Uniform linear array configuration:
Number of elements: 8
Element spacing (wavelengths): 0.25
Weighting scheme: hamming
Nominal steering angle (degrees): -60
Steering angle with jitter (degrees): -59.9
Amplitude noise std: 0.05
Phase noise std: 0.05

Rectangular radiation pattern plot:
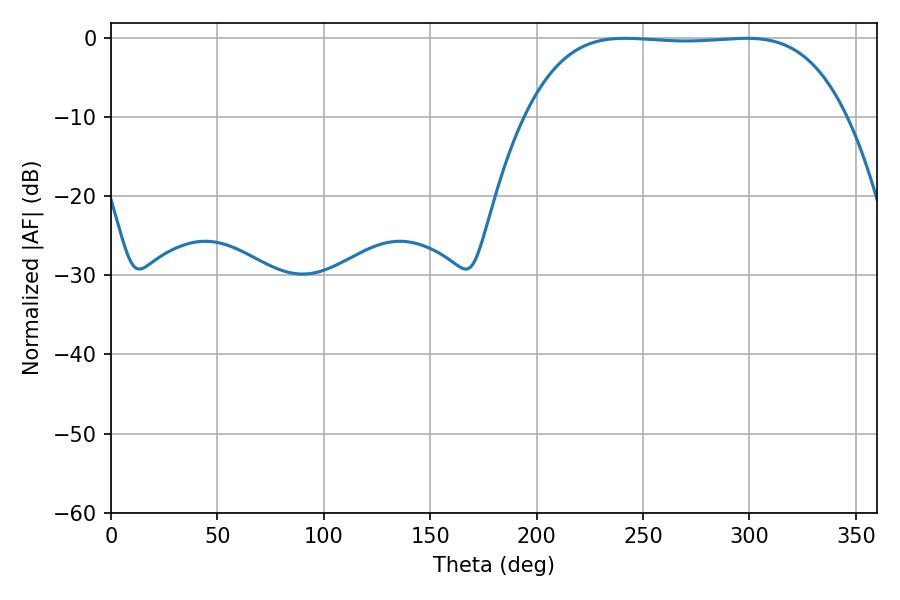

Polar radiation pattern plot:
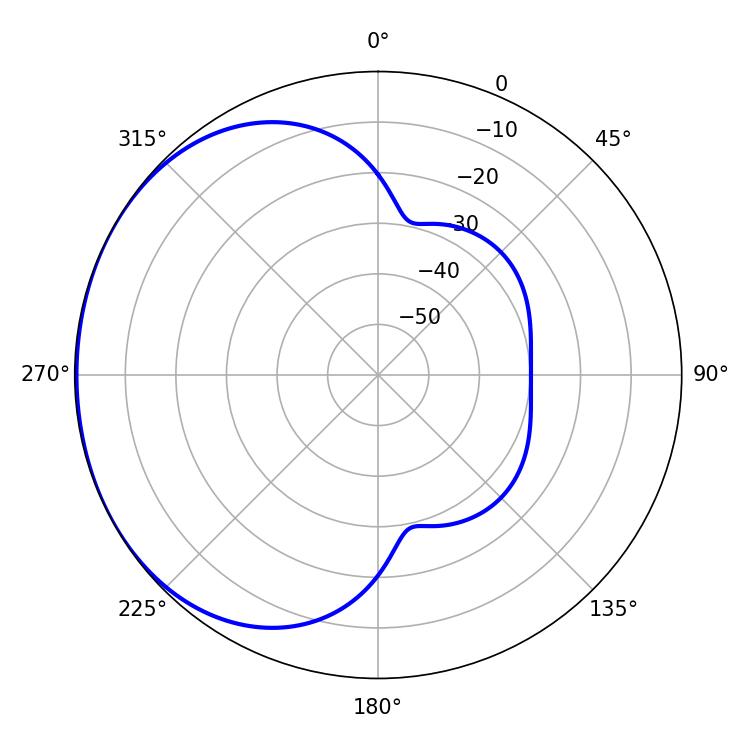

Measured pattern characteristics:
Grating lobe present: FALSE
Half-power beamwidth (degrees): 117
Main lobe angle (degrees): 241.56